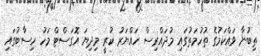
ތިބުނާ ވައްކަމުގެ ތުހުމަތުގައި މުދައްރިސް ހައްޔަރު ކުރީ މިދިޔަ އޮގަސްޓް މަހު ހިސާބުގައި